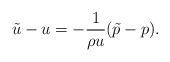
LaTeX: \begin{align*}\tilde{u}-u=-\frac{1}{\rho u}(\tilde{p}-p).\end{align*}